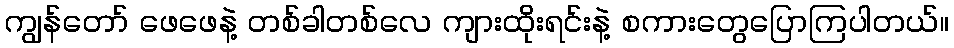
ကျွန်တော် ဖေဖေနဲ့ တစ်ခါတစ်လေ ကျားထိုးရင်းနဲ့ စကားတွေပြောကြပါတယ်။